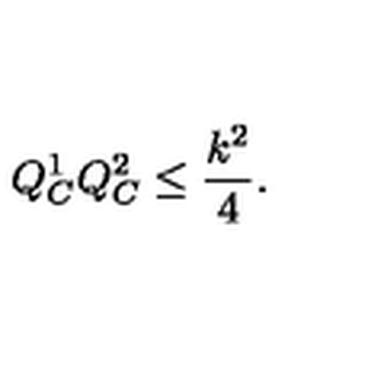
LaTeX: Q _ { C } ^ { 1 } Q _ { C } ^ { 2 } \leq { \frac { k ^ { 2 } } { 4 } } .